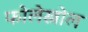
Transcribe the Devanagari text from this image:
फोलेस्त्रोल